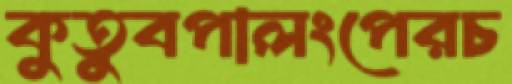
কুতুবপালংপেরচ